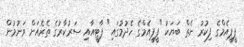
ޕީޕީއެމްގެ ފިކުރު ނެތް ބަޔަކު "ޕީޕީއެމްގެ ހެދުމުގައި" ޕާޓީއާއި ސަރުކާރުގެ ތެރެއަށް ވަނުމުން